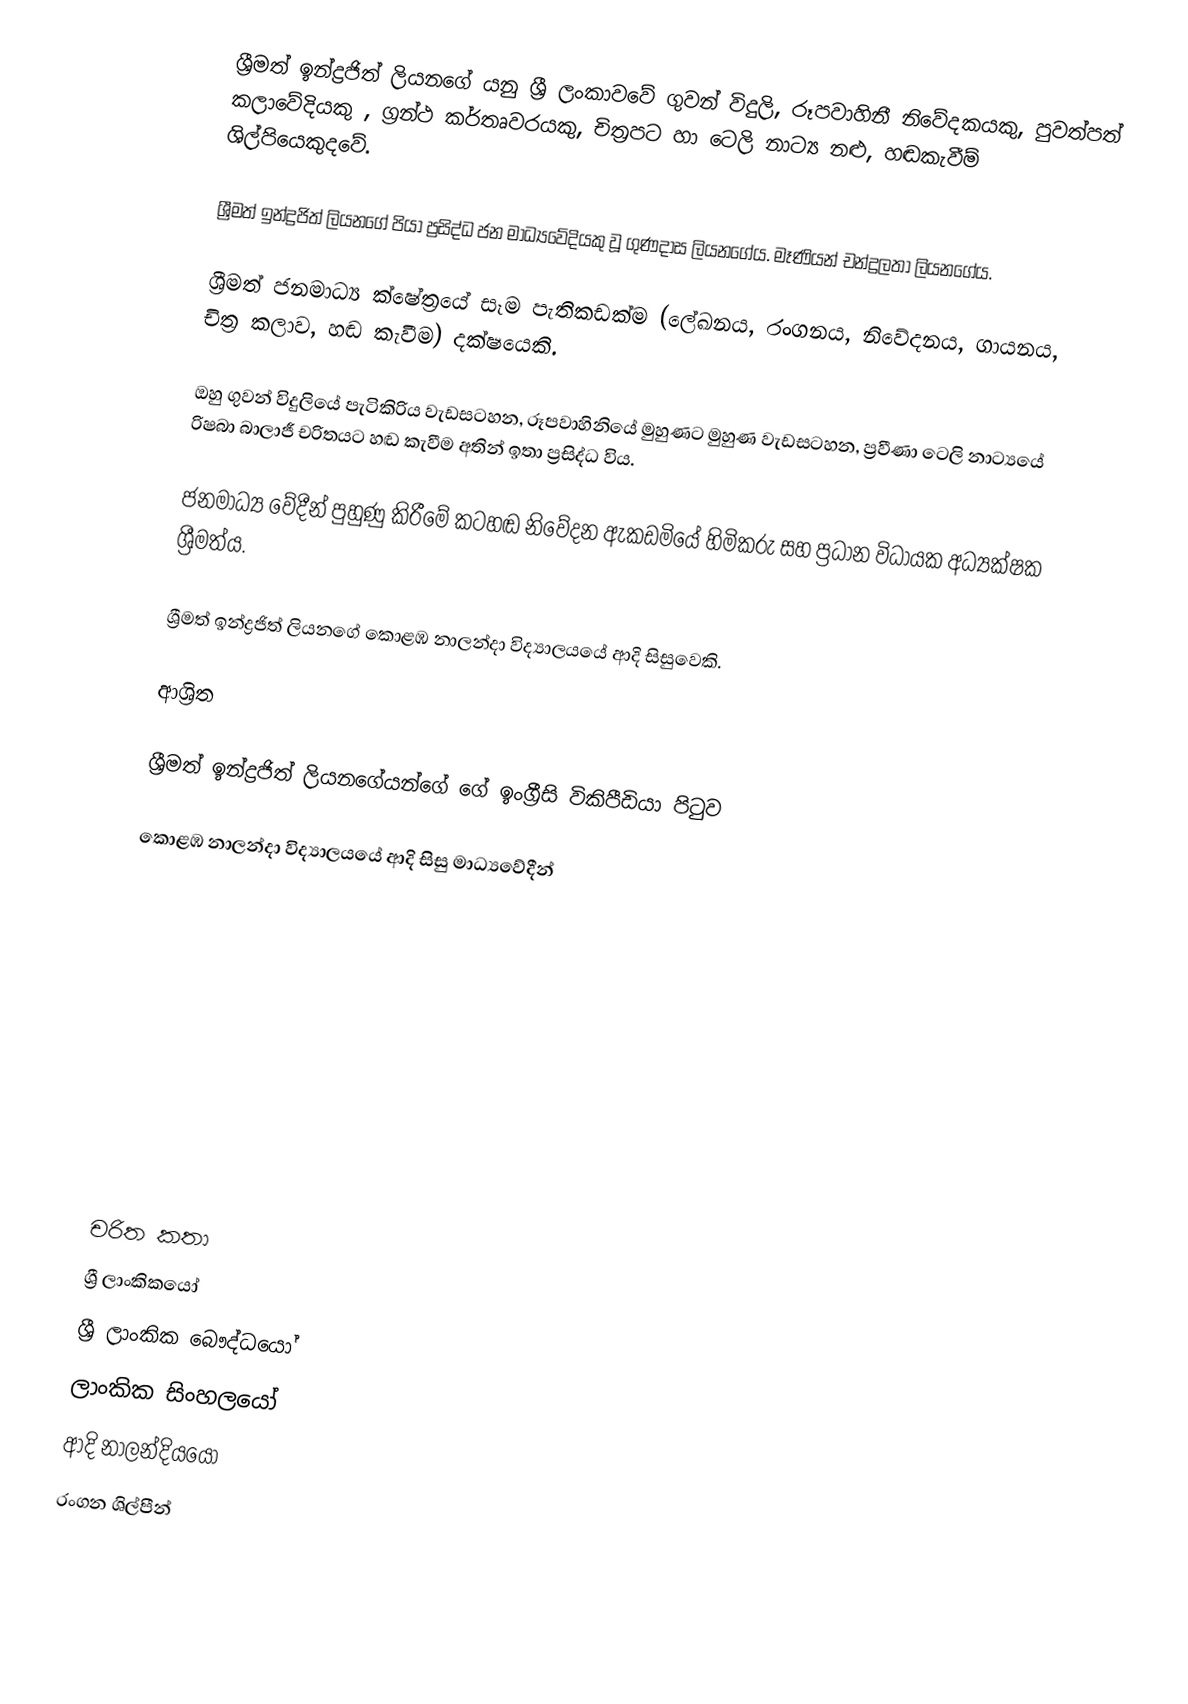
ශ්‍රීමත් ඉන්ද්‍රජිත් ලියනගේ යනු ශ්‍රී ලංකාවවේ ගුවන් විදුලි, රූපවාහිනී නිවේදකයකු, පුවත්පත් කලාවේදියකු , ග‍්‍රන්ථ කර්තෘවරයකු, චිත්‍රපට හා ටෙලි නාට්‍ය නළු, හඬකැවීම් ශිල්පියෙකුදවේ.

ශ්‍රීමත් ඉන්ද්‍රජිත් ලියනගේ පියා ප්‍රසිද්ධ ජන මාධ්‍යවේදියකු වූ ගුණදාස ලියනගේය. මෑණියන් චන්ද්‍රලතා ලියනගේය.

ශ්‍රීමත් ජනමාධ්‍ය ක්ෂේත්‍රයේ සෑම පැතිකඩක්ම (ලේඛනය, රංගනය, නිවේදනය, ගායනය, චිත්‍ර කලාව, හඬ කැවීම) දක්ෂයෙකි.

ඔහු ගුවන් විදුලියේ පැටිකිරිය වැඩසටහන, රූපවාහිනියේ මුහුණට මුහුණ වැඩසටහන, ප්‍රවීණා ටෙලි නාට්‍යයේ රිෂබා බාලාජී චරිතයට හඬ කැවීම අතින් ඉතා ප්‍රසිද්ධ විය.

ජනමාධ්‍ය වේදීන් පුහුණු කිරීමේ කටහඬ නිවේදන ඇකඩමියේ හිමිකරු සහ ප්‍රධාන විධායක අධ්‍යක්ෂක ශ්‍රීමත්ය.

ශ්‍රීමත් ඉන්ද්‍රජිත් ලියනගේ  කොළඹ නාලන්දා විද්‍යාලයයේ ආදි සිසුවෙකි.

ආශ්‍රිත

 ශ්‍රීමත් ඉන්ද්‍රජිත් ලියනගේයන්ගේ ගේ ඉංග්‍රීසි විකිපීඩියා පිටුව

 කොළඹ නාලන්දා විද්‍යාලයයේ ආදි සිසු මාධ්‍යවේදීන්

චරිත කතා
ශ්‍රී ලාංකිකයෝ
ශ්‍රී ලාංකික බෞද්ධයෝ
ලාංකික සිංහලයෝ
ආදි නාලන්දියයෝ
රංගන ශිල්පීන්